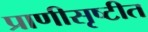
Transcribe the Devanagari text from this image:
प्राणीसृष्टीत